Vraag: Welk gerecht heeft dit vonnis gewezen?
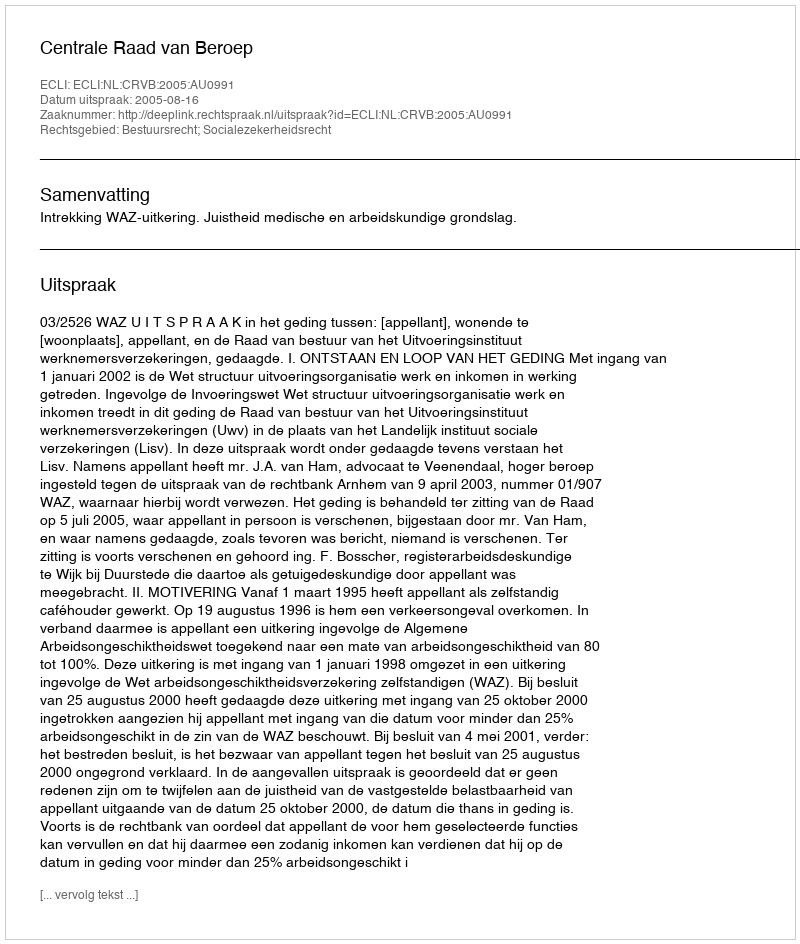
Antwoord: Centrale Raad van Beroep